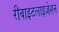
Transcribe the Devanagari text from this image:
रीवाइटलाइज़ेशन